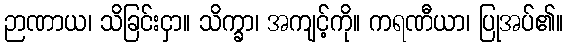
ဉာဏာယ၊ သိခြင်းငှာ။ သိက္ခာ၊ အကျင့်ကို။ ကရဏီယာ၊ ပြုအပ်၏။